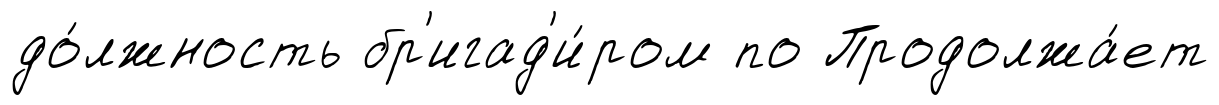
до́лжность бр'игад'и́ром по Продолжа́ет